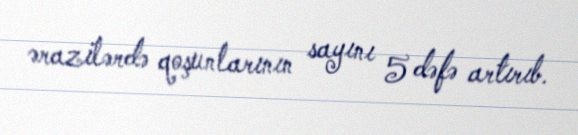
ərazilərdə qoşunlarının sayını 5 dəfə artırıb.